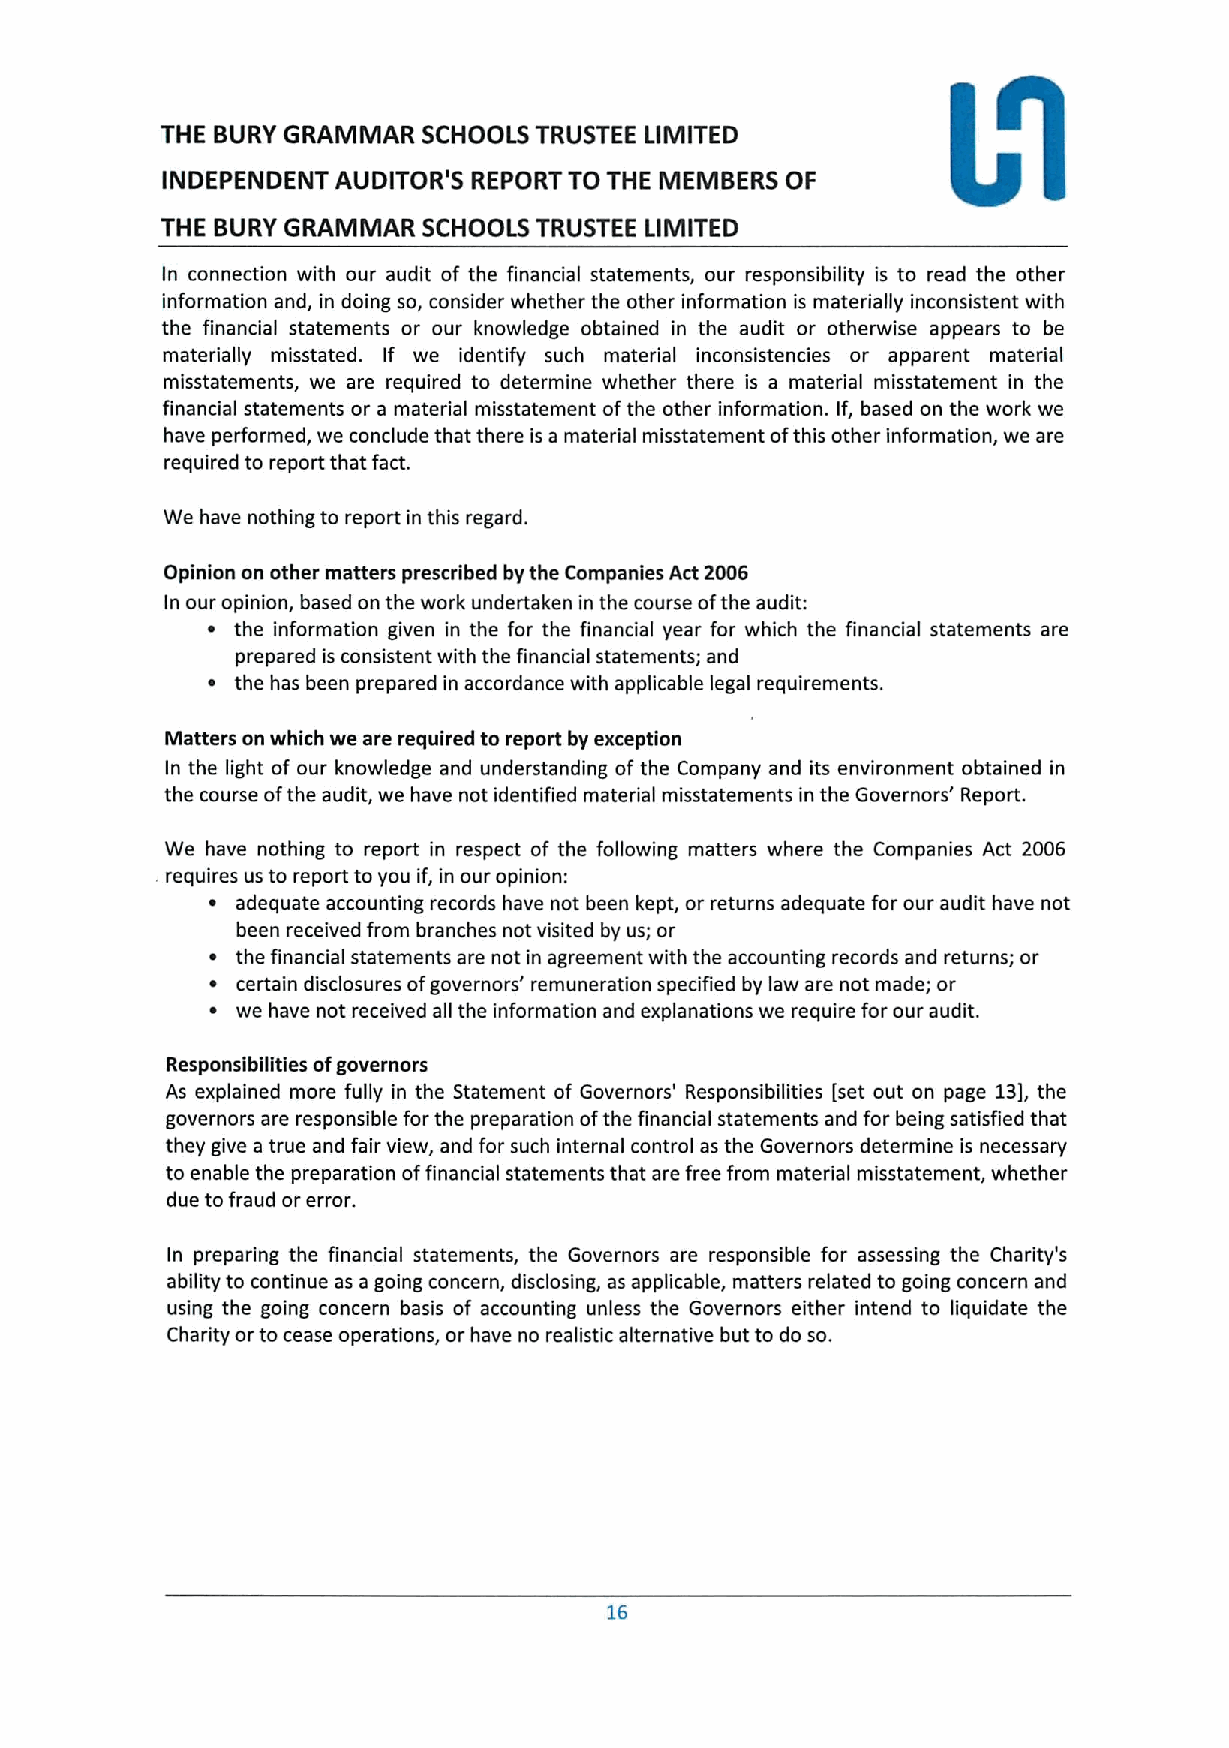
THE BURY GRAMMAR SCHOOLS TRUSTEE LIMITED
 INDEPENDENT AUDITOR'S REPORT TO THE MEMBERS OF
 THE BURY GRAMMAR SCHOOLS TRUSTEE LIMITED
 In connection with our audit of the financial statements, our responsibility is to read the other
 information and, in doing so, consider whether the other information is materially inconsistent with
 the financial statements or our knowledge obtained in the audit or otherwise appears to be
 materially misstated. If we identify such material inconsistencies or apparent material
 misstatements, we are required to determine whether there is a material misstatement in the
 financial statements or a material misstatement ofthe other information. If, based on the work we
 have performed, we conclude that there is a material misstatement ofthis other information, we are
 required to report that fact.
 We have nothing to report in this regard.
 Opinion on other matters prescribed by the Companies Act 2006
 In our opinion, based on the work undertaken in the course ofthe audit:
 ~ the information given in the for the financial year for which the financial statements are
 prepared is consistent with the financial statements; and
 ~ the has been prepared in accordance with applicable legal requirements.
 Matters on which we are required to report by exception
 In the light of our knowledge and understanding of the Company and its environment obtained in
 the course ofthe audit, we have not identified material misstatements in the Governors' Report.
 We have nothing to report in respect of the following matters where the Companies Act 2006
 , requires us to report to you if, in our opinion:
 ~ adequate accounting records have not been kept, or returns adequate for our audit have not
 been received from branches not visited by us; or
 ~ the financial statements are not in agreement with the accounting records and returns; or
 ~ certain disclosures ofgovernors' remuneration specified by law are not made; or
 ~ we have not received all the information and explanations we require for our audit.
 Responsibilities ofgovernors
 As explained more fully in the Statement of Governors' Responsibilities [set out on page 13],the
 governors are responsible for the preparation ofthe financial statements and for being satisfied that
 they give a true and fair view, and for such internal control as the Governors determine is necessary
 to enable the preparation offinancial statements that are free from material misstatement, whether
 due to fraud or error.
 In preparing the financial statements, the Governors are responsible for assessing the Charity's
 ability to continue as a going concern, disclosing, as applicable, matters related to going concern and
 using the going concern basis of accounting unless the Governors either intend to liquidate the
 Charity orto cease operations, or have no realistic alternative but to do so.
 16